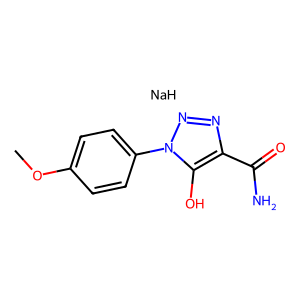
SMILES: COc1ccc(-n2nnc(C(N)=O)c2O)cc1.[NaH]
Inhibits HIV replication: No